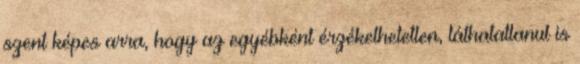
szent képes arra, hogy az egyébként érzékelhetetlen, láthatatlanul is